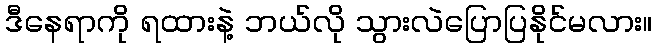
ဒီနေရာကို ရထားနဲ့ ဘယ်လို သွားလဲပြောပြနိုင်မလား။